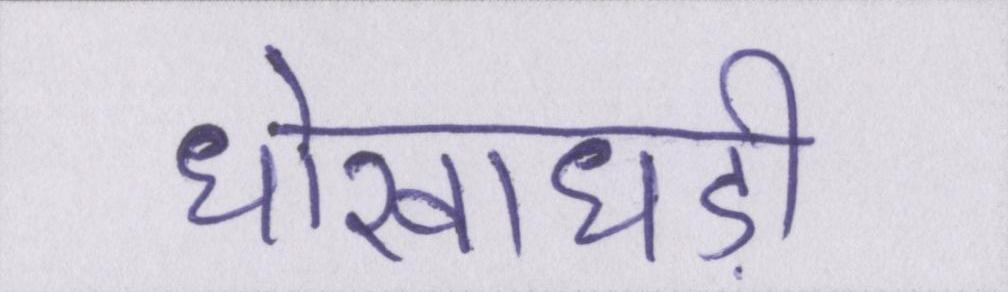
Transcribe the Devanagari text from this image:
धोखाधड़ी